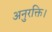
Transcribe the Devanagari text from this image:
अनुरक्ति।